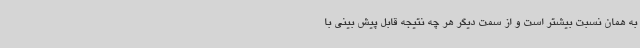
به همان نسبت بیشتر است و از سمت دیگر هر چه نتیجه قابل پیش بینی با